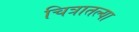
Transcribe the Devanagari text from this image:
चित्रातल्या